Malaria in India - Number 2
Disease focus: Malaria
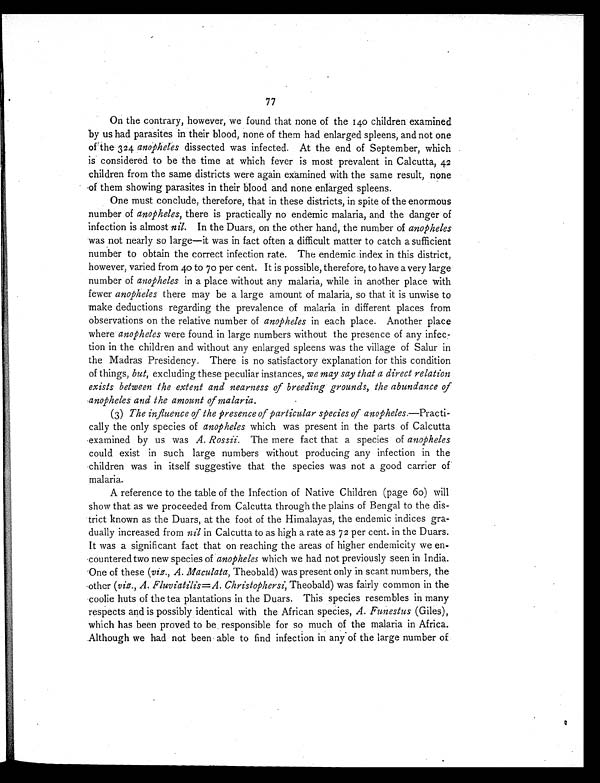
77
On the contrary, however, we found that none of the 140 children examined
by us had parasites in their blood, none of them had enlarged spleens, and not one
of the 324 anopheles dissected was infected. At the end of September, which
is considered to be the time at which fever is most prevalent in Calcutta, 42
children from the same districts were again examined with the same result, none
of them showing parasites in their blood and none enlarged spleens.
One must conclude, therefore, that in these districts, in spite of the enormous
number of anopheles, there is practically no endemic malaria, and the danger of
infection is almost nil. In the Duars, on the other hand, the number of anopheles
was not nearly so large—it was in fact often a difficult matter to catch a sufficient
number to obtain the correct infection rate. The endemic index in this district,
however, varied from 40 to 70 per cent. It is possible, therefore, to have a very large
number of anopheles in a place without any malaria, while in another place with
fewer anopheles there may be a large amount of malaria, so that it is unwise to
make deductions regarding the prevalence of malaria in different places from
observations on the relative number of anopheles in each place. Another place
where anopheles were found in large numbers without the presence of any infec-
tion in the children and without any enlarged spleens was the village of Salur in
the Madras Presidency. There is no satisfactory explanation for this condition
of things, but, excluding these peculiar instances, we may say that a direct relation
exists between the extent and nearness of breeding grounds, the abundance of
anopheles and the amount of malaria.
(3) The influence of the presence of particular species of anopheles.—Practi-
cally the only species of anopheles which was present in the parts of Calcutta
examined by us was A. Rossii. The mere fact that a species of anopheles
could exist in such large numbers without producing any infection in the
children was in itself suggestive that the species was not a good carrier of
malaria.
A reference to the table of the Infection of Native Children (page 60) will
show that as we proceeded from Calcutta through the plains of Bengal to the dis-
trict known as the Duars, at the foot of the Himalayas, the endemic indices gra-
dually increased from nil in Calcutta to as high a rate as 72 per cent. in the Duars.
It was a significant fact that on reaching the areas of higher endemicity we en-
countered two new species of anopheles which we had not previously seen in India.
One of these (viz., A. Maculata, Theobald) was present only in scant numbers, the
other (viz., A. Fluviatilis= A. Christophersi, Theobald) was fairly common in the
coolie huts of the tea plantations in the Duars. This species resembles in many
respects and is possibly identical with the African species, A. Funestus (Giles),
which has been proved to be responsible for so much of the malaria in Africa.
Although we had not been able to find infection in any of the large number of
rig